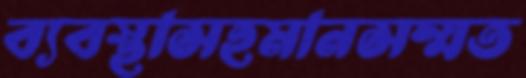
ব্যবস্থাসহমানসম্মত